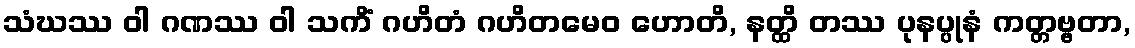
သံဃဿ ဝါ ဂဏဿ ဝါ သကိံ ဂဟိတံ ဂဟိတမေဝ ဟောတိ, နတ္ထိ တဿ ပုနပ္ပုနံ ကတ္တဗ္ဗတာ,